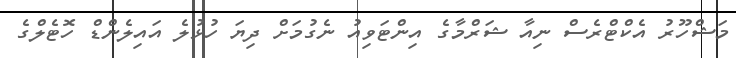
މަޝްހޫރު އެކްޓްރެސް ނިއާ ޝަރްމާގެ އިންޓަވިއު ނެގުމަށް ދިޔަ ހުޅުލެ އައިލެންޑް ހޮޓެލްގެ